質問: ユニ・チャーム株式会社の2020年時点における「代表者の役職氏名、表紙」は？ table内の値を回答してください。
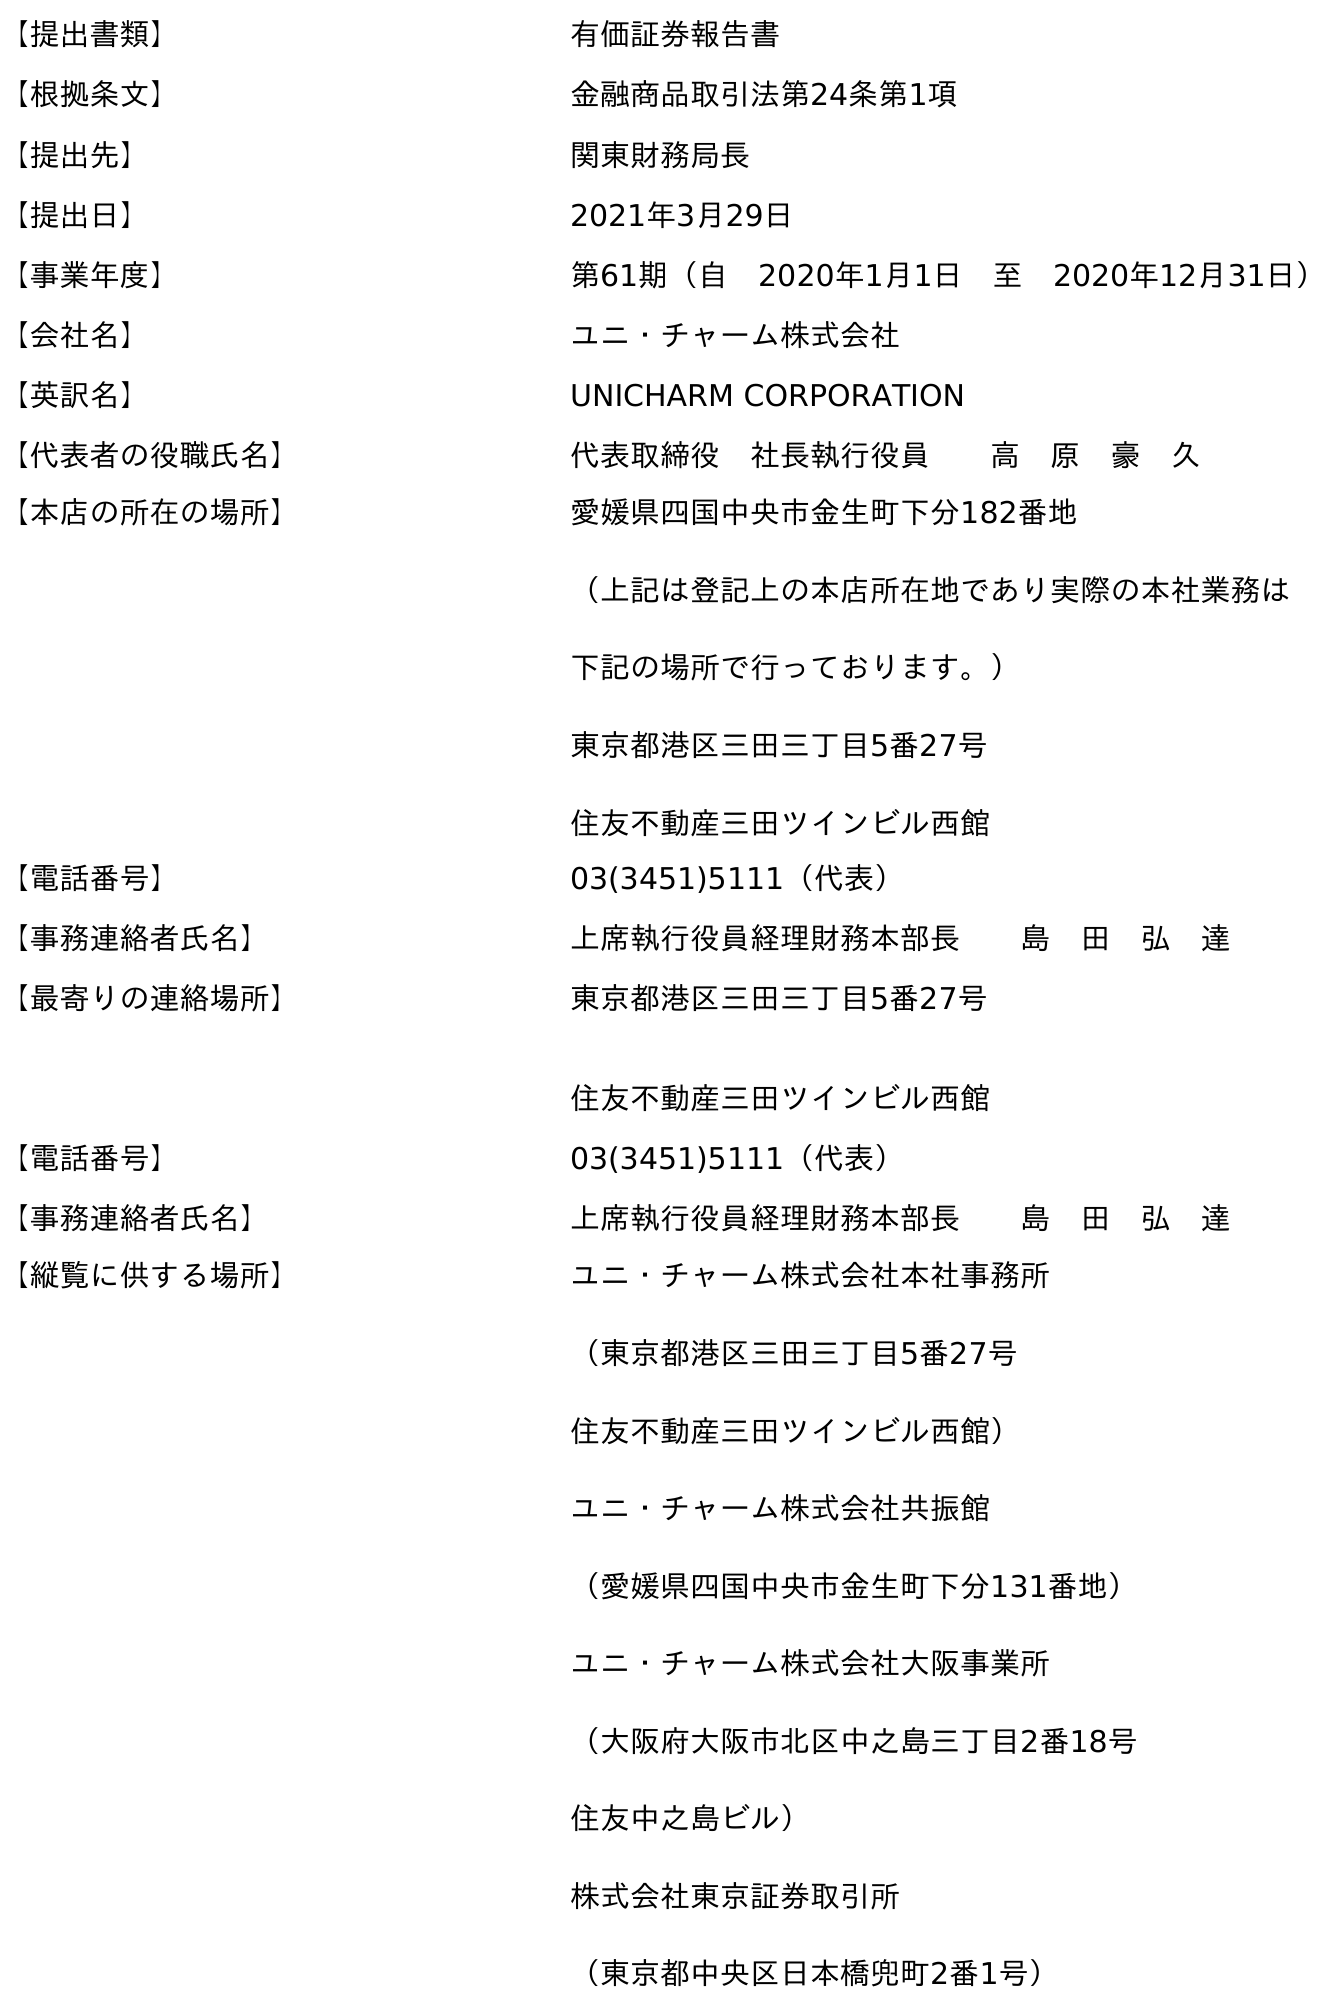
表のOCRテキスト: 【提出書類】 有価証券報告書 【根拠条文】 金融商品取引法第24条第1項 【提出先】 関東財務局長 【提出日】 2021年3月29日 【事業年度】 第61期（自 2020年1月1日 至 2020年12月31日） 【会社名】 ユニ・チャーム株式会社 【英訳名】 UNICHARM CORPORATION 【代表者の役職氏名】 代表取締役 社長執行役員  高 原 豪 久 【本店の所在の場所】 愛媛県四国中央市金生町下分182番地 （上記は登記上の本店所在地であり実際の本社業務は 下記の場所で行っております。） 東京都港区三田三丁目5番27号 住友不動産三田ツインビル西館 【電話番号】 03(3451)5111（代表） 【事務連絡者氏名】 上席執行役員経理財務本部長  島 田 弘 達 【最寄りの連絡場所】 東京都港区三田三丁目5番27号 住友不動産三田ツインビル西館 【電話番号】 03(3451)5111（代表） 【事務連絡者氏名】 上席執行役員経理財務本部長  島 田 弘 達 【縦覧に供する場所】 ユニ・チャーム株式会社本社事務所 （東京都港区三田三丁目5番27号 住友不動産三田ツインビル西館） ユニ・チャーム株式会社共振館 （愛媛県四国中央市金生町下分131番地） ユニ・チャーム株式会社大阪事業所 （大阪府大阪市北区中之島三丁目2番18号 住友中之島ビル） 株式会社東京証券取引所 （東京都中央区日本橋兜町2番1号）
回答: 代表取締役　社長執行役員高　原　豪　久